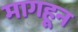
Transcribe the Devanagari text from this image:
मागहून